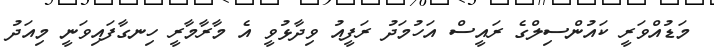
މަޑުއްވަރީ ކައުންސިލްގެ ރައީސް އަހުމަދު ރަފީއު ވިދާޅުވީ އެ މާރާމާރީ ހިނގާފައިވަނީ މިއަދު